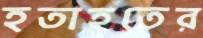
হতাহতের